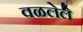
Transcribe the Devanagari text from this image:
वळलेले